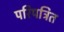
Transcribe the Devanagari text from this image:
परिपत्रित